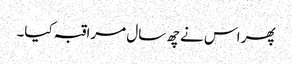
پھر اس نے چھ سال مراقبہ کیا۔